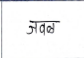
मजकूर: जवळ